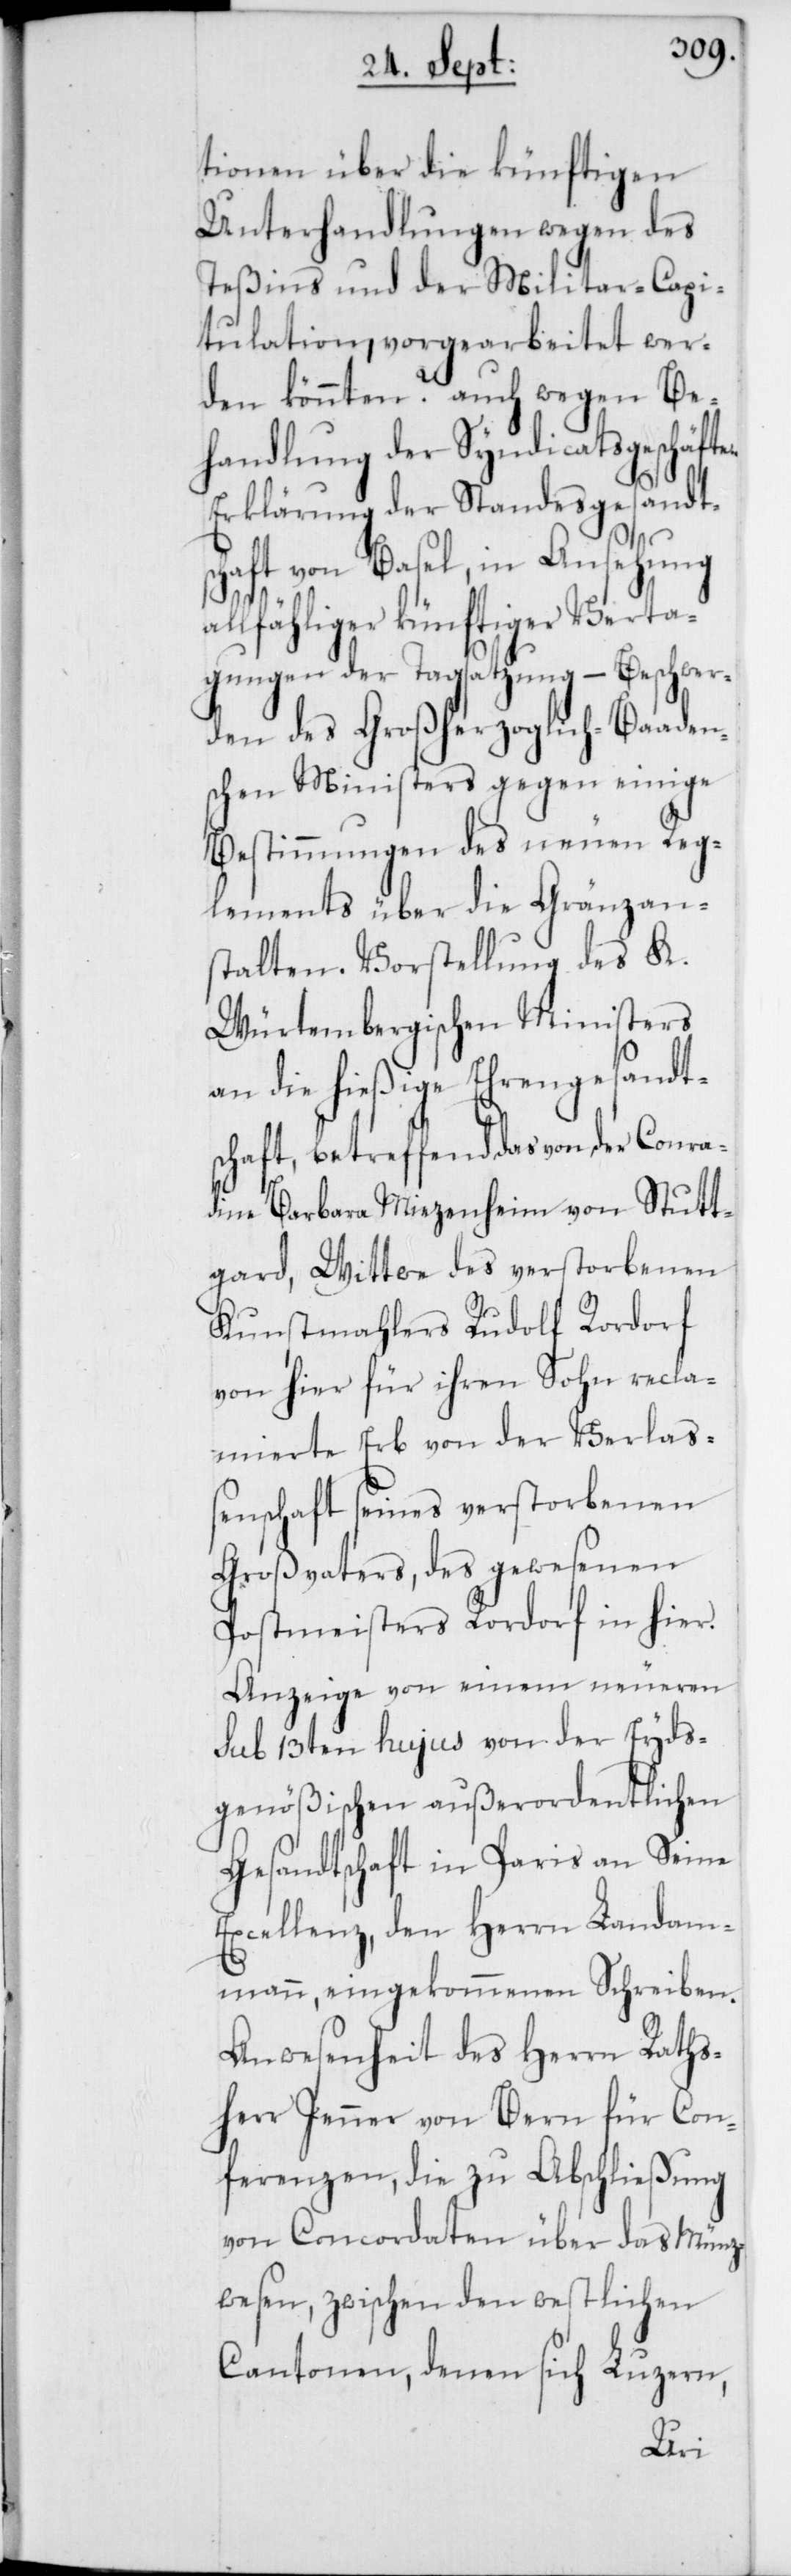
tionen über die künftigen
Unterhandlungen wegen des
Teßins und der Militar-Capi¬
tulation, vorgearbeitet wer¬
den könnten? auch wegen Be¬
handlung der Syndicatsgeschäft¬
e-Erklärung der Standesgesandt¬
schaft von Basel, in Ansehung
allfähliger künftiger Verta¬
gungen der Tagsatzung – Beschwer¬
den des Großherzoglich-Baaden¬
schen Ministers gegen einige
Bestimmungen des neuen Reg¬
lements über die Gränzan¬
stalten. Vorstellung des K.
Würtembergischen Ministers
an die hießige Ehrengesandt¬
schaft, betreffend das von der Conra¬
dine Barbara Miezenheim von Stutt¬
gard, Wittwe des verstorbenen
Kunstmahlers Rudolf Rordorf
von hier für ihren Sohn recla¬
mierte Erb von der Verlaß¬
enschaft seines verstorbenen
Großvaters, des gewesenen
Postmeisters Rordorf in hier.
Anzeige von einem neueren
sub 13ten hujus von der Eyds¬
genößischen außerordentlichen
Gesandtschaft in Paris an Seine
Excellenz, den Herrn Landam¬
mann, eingekommenen Schreiben.
Anwesenheit des Herrn Raths¬
herr Jenner von Bern für Con¬
ferenzen, die zu Abschließung
von Concordaten über das Münz¬
wesen, zwischen den westlichen
Cantonen, denen sich Luzern,